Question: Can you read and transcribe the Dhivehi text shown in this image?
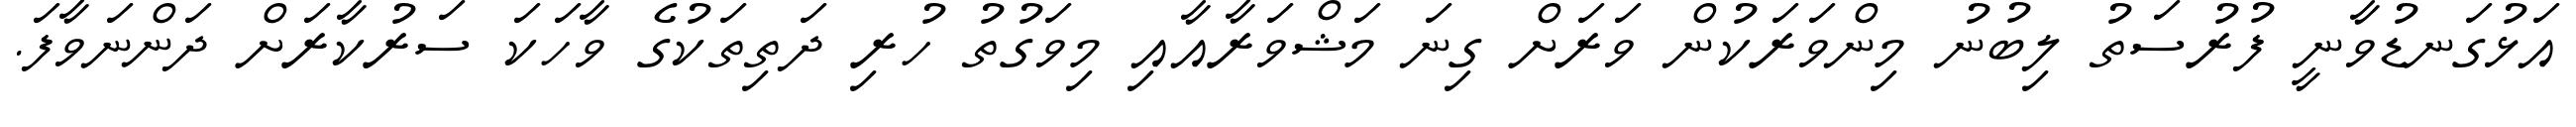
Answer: އަޅުގަނޑުވާނީ ފުރުސަތު ލިބުނު މިންވަރަކުން ވަރަށް ގިނަ މަޝްވަރާއާއި މިވަގުތު ހުރި ދަތިތަކުގެ ވާހަކަ ސަރުކާރަށް ދަންނަވާފަ.